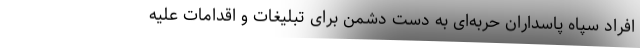
افراد سپاه پاسداران حربه‌ای به دست دشمن برای تبلیغات و اقدامات علیه